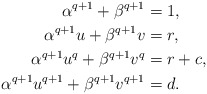
\begin{align*}\alpha^{q+1} + \beta^{q+1} &= 1,\\\alpha^{q+1} u + \beta^{q+1} v &= r,\\\alpha^{q+1} u^q + \beta^{q+1} v^q &= r+c,\\\alpha^{q+1} u^{q+1} + \beta^{q+1} v^{q+1} &= d.\end{align*}